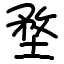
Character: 堥